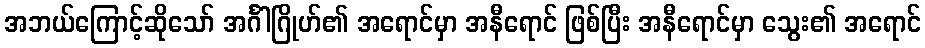
အဘယ်ကြောင့်ဆိုသော် အင်္ဂါဂြိုဟ်၏ အရောင်မှာ အနီရောင် ဖြစ်ပြီး အနီရောင်မှာ သွေး၏ အရောင်